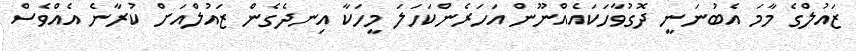
ޒައުލްގެ މާމަ އެބުނަނީ ދޮގުވާހަކައެއްނޫން އަހަރެންކަހަލަ މީހަކާ އިނދެގެން ޒައުލްއަށް ކުރާނެ އެއްވެސް